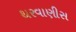
થરવાણીસ